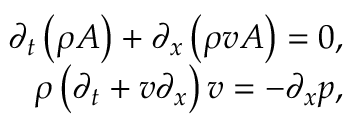
\begin{array} { r } { \partial _ { t } \left( \rho A \right) + \partial _ { x } \left( \rho v A \right) = 0 , } \\ { \rho \left( \partial _ { t } + v \partial _ { x } \right) v = - \partial _ { x } p , } \end{array}